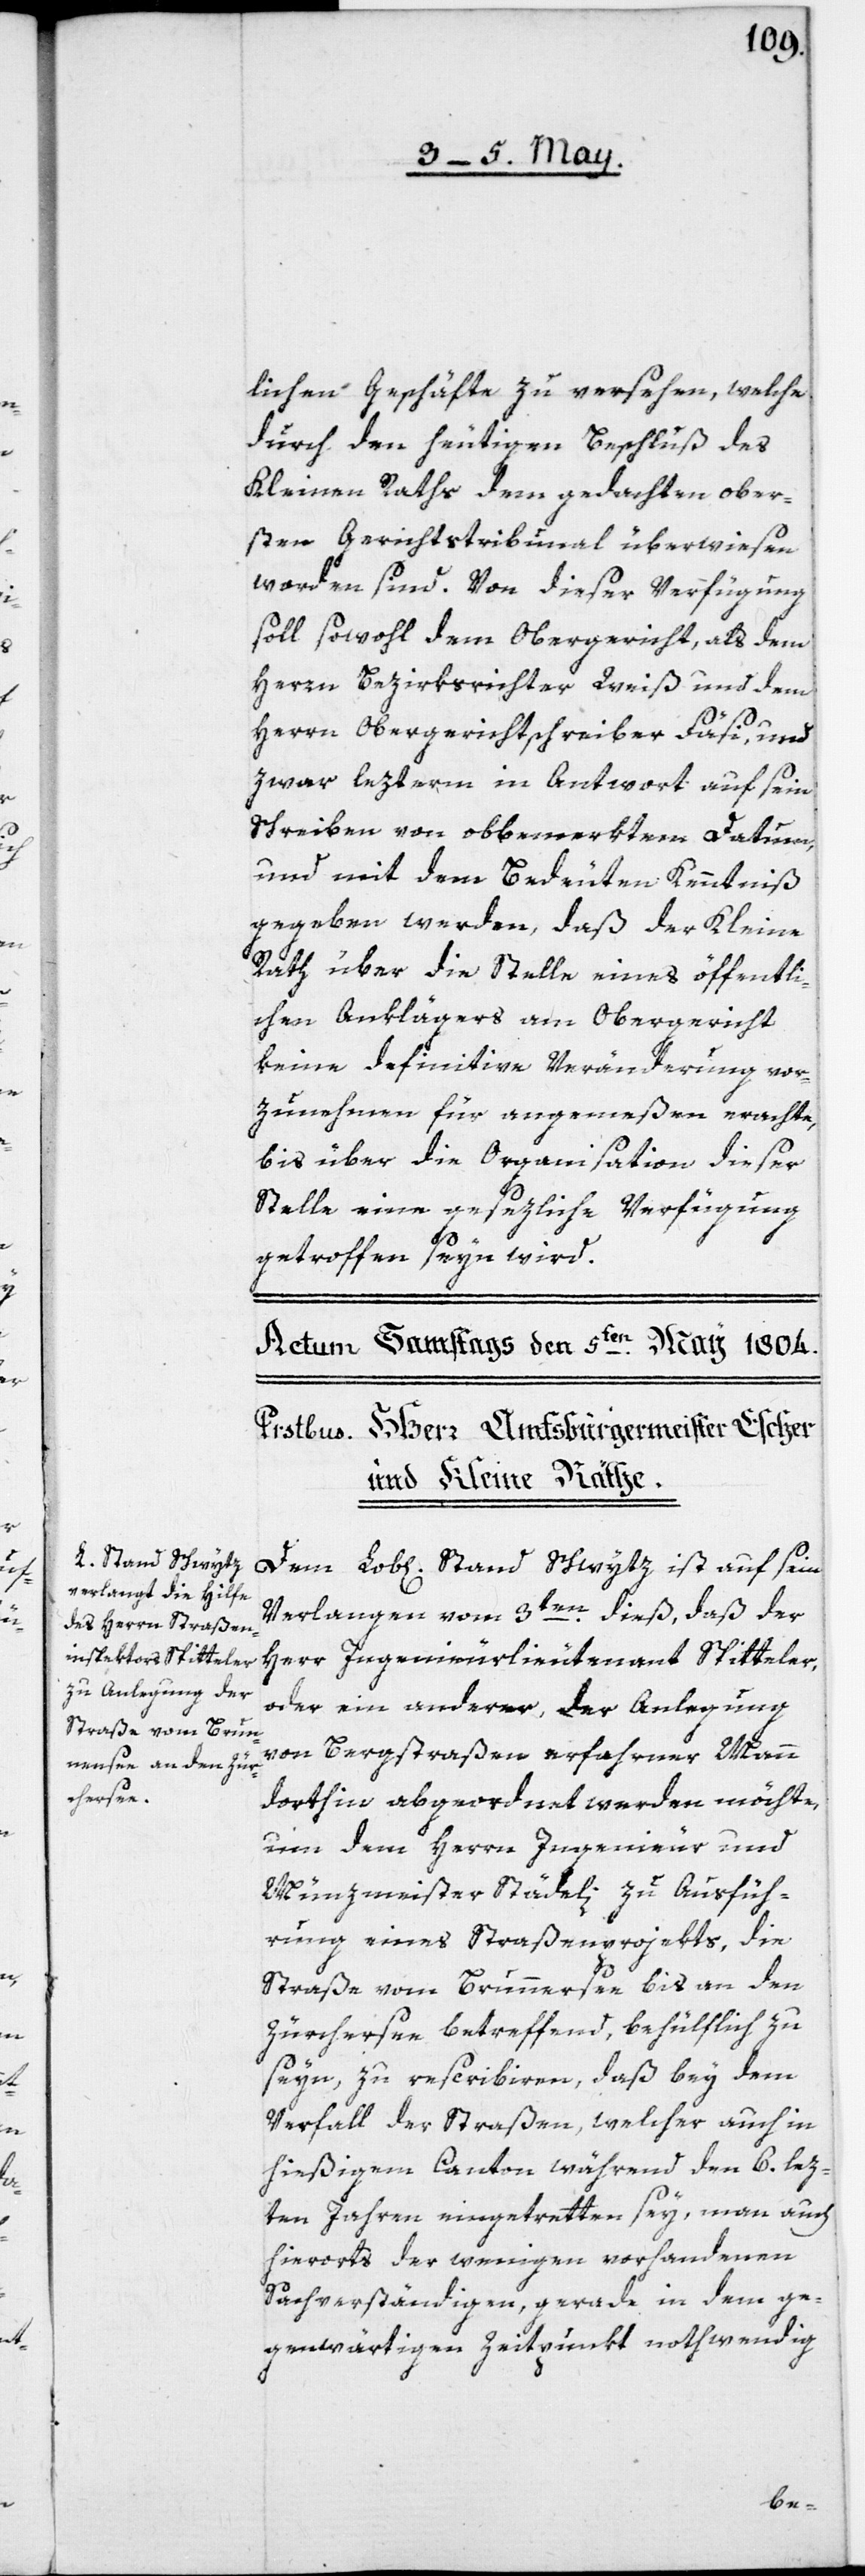
lichen Geschäfte zu versehen, welche
durch den heutigen Beschluß des
Kleinen Raths dem gedachten ober¬
sten Gerichtstribunal überwiesen
worden sind. Von dieser Verfügung
soll sowohl dem Obergericht, als dem
Herrn Bezirksrichter Weiß und dem
Herrn Obergerichtschreiber Fäsi, und
zwar lezterm in Antwort auf sein
Schreiben von obbemerkten Datum
und mit dem Bedeuten Kenntniß
gegeben werden, daß der Kleine
Rath über die Stelle eines öffentli¬
chen Anklägers am Obergericht
keine definitive Veränderung vor¬
zunehmen für angemeßen erachte,
bis über die Organisation dieser
Stelle eine gesezliche Verfügung
getroffen seyn wird.
Dem Lob[lichen] Stand Schwytz ist auf sein
Verlangen vom 3ten dieß, daß der
Herr Ingenieurlieutenant Spitteler,
oder ein anderer, der Anlegung
von Bergstraßen erfahrner Mann
dorthin abgeordnet werden möchte,
um dem Herrn Ingenieur und
Münzmeister Städeli zu Ausfüh¬
rung eines Straßenprojekts, die
Straße vom Brunnersee bis an den
Zürchersee betreffend, behülflich zu
seyn, zu rescribiren, daß bey dem
Verfall der Straßen, welcher auch in
hießigem Canton während den 6. lez¬
ten Jahren eingetretten sey, man auch
hierorts der wenigen vorhandenen
Sachverständigen, gerade in dem ge¬
genwärtigen Zeitpunkt nothwendig